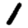
Digit: 1